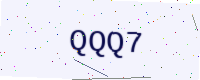
Text: QQQ7